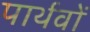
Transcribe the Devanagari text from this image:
पार्थवों